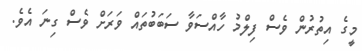
މީގެ އިތުރުން ވެސް ފިލްމު ހާއްސަވާ ސަބަބުތައް ވަރަށް ވެސް ގިނަ އެވެ.